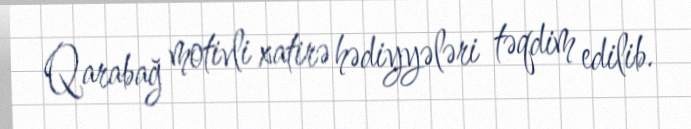
Qarabağ motivli xatirə hədiyyələri təqdim edilib.